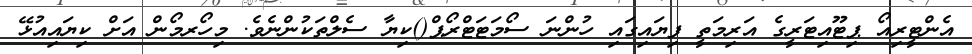
އެންޓީރިއޯ ޕިޓޫއިޓަރީގެ އަރިމަތީ ފިޔައިގައި ހުންނަ ސޯމަޓަޓްރޯޕް()ކިޔާ ސެލްތަކުންނެވެ. މިހޯރމޯން އަށް ކިޔައިއުޅޭ